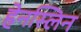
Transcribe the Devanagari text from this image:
हेनस्लिन